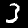
Label: 3